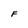
Character: F